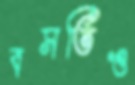
বসতিও